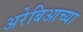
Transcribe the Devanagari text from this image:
अरेबिआच्या